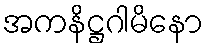
အကနိဋ္ဌဂါမိနော